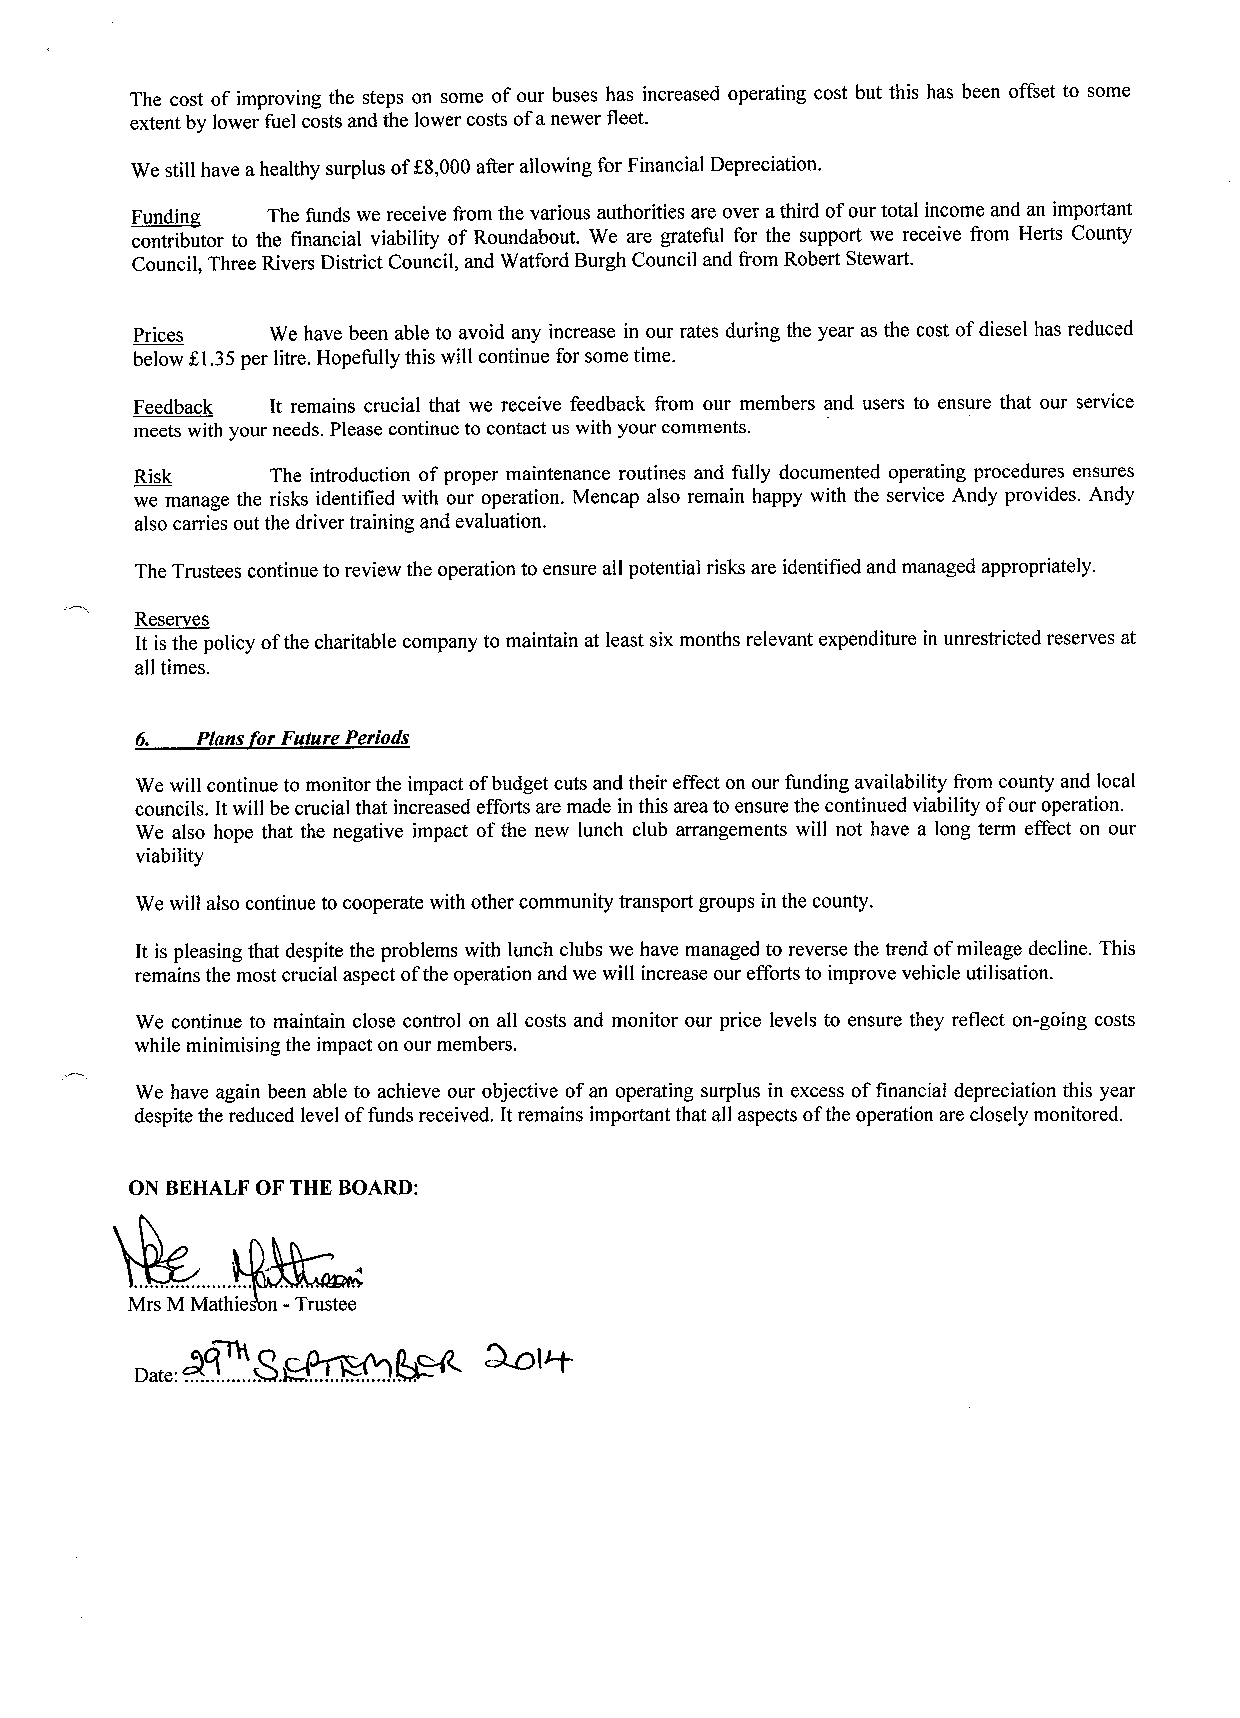
The cost of improving the steps on some ofour buses has increased operating cost but this has been offset to some
 extent by lower fuel costs and the lower costs ofanewer fleet.
 We still have ahealthy surplus ofK8,000after allowing for Financial Depreciation.
 ~Fnndin  The funds we receive from the various authorities are over athird ofour total income and an important
 contributor to the financial viability of Roundabout. We are grateful for the support we receive from Herts County
 Council, Three Rivers District Council, and Watford Burgh Council and from Robert Stewart.
 Prices   We have been able to avoid any increase in our rates during the year as the cost ofdiesel has reduced
 below K1.35per litre. Hopefully this will continue for some time.
 Feedback It remains crucial that we receive feedback from our members and users to ensure that our service
 meets with your needs. Please continue to contact us with your comments.
 Risk     The introduction ofproper maintenance routines and fully documented operating procedures ensures
 we manage the risks identified with our operation. Mencap also remain happy with the service Andy provides. Andy
 also carries out the driver training and evaluation.
 The Trustees continue to review the operation to ensure all potential risks are identified and managed appropriately.
 Reserves
 It is the policy ofthe charitable company to maintain at least six months relevant expenditure in unrestricted reserves at
 all times.
 6.  Plans or Future Periods
 We will continue to monitor the impact ofbudget cuts and their effect on our funding availability from county and local
 councils. Itwill be crucial that increased efforts are made in this area to ensure the continued viability ofour operation.
 We also hope that the negative impact ofthe new lunch club arrangements will not have a long term effect on our
 viability
 We will also continue to cooperate with other community transport groups in the county.
 It is pleasing that despite the problems with lunch clubs we have managed to reverse the trend ofmileage decline. This
 remains the most crucial aspect ofthe operation and we will increase our efforts to improve vehicle utilisation.
 We continue to maintain close control on all costs and monitor our price levels to ensure they reflect on-going costs
 while minimising the impact on our members.
 We hhave again been able to achieve our objective ofan operating surplus in excess offinancial depreciation this year
 despite the reduced level offunds received. Itremains important that all aspects ofthe operation are closely monitored.
 ON BEHALF OF THE BOARD:
 Mrs M Mathie n -Trustee
 „„.
 O'I
 Q~cPr~i